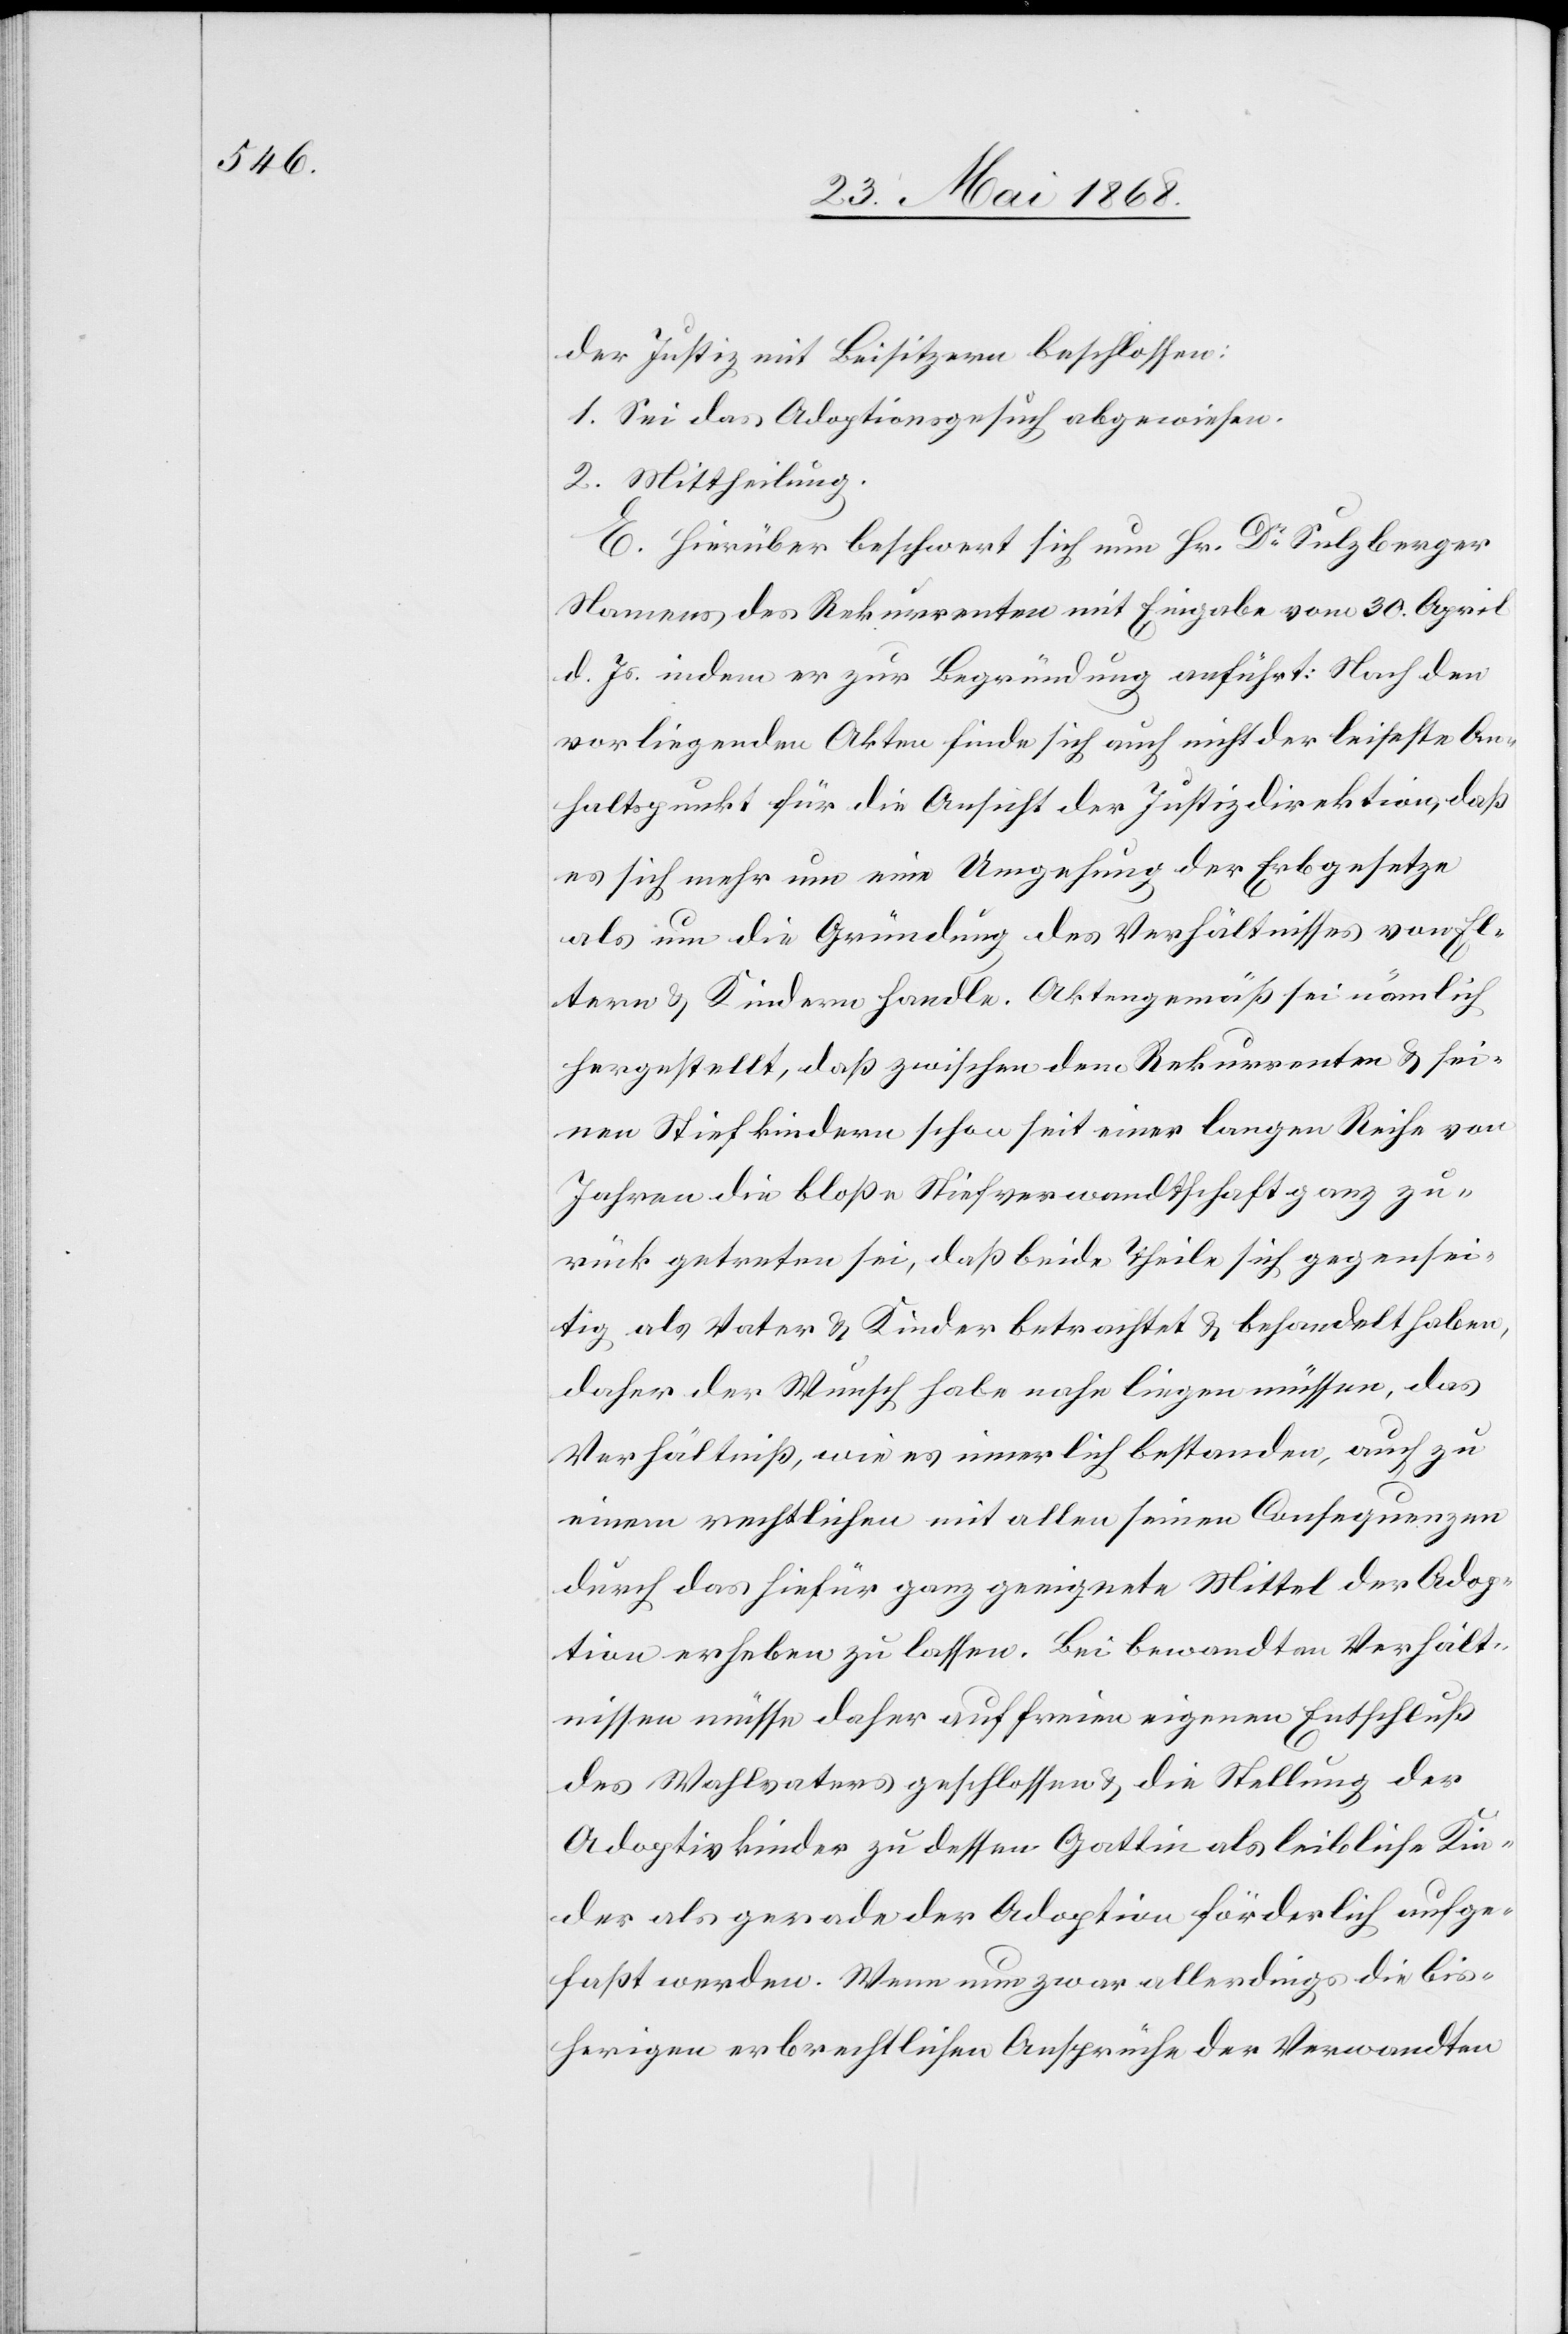
der Justiz mit Beisitzern beschlossen:
1. Sei das Adoptionsgesuch abgewiesen.
2. Mittheilung.
E. Hierüber beschwert sich nun Hr. Dr. Sulzberger
Namens des Rekurrenten mit Eingabe vom 30. April
d. Js. indem er zur Begründung anführt: Nach den
vorliegenden Akten finde sich auch nicht der leiseste An¬
haltspunkt für die Ansicht der Justizdirektion, daß
es sich mehr um eine Umgehung der Erbgesetze
als um die Gründung des Verhältnisses von El¬
tern & Kindern handle. Aktengemäß sei nämlich
hergestellt, daß zwischen dem Rekurrenten & sei¬
nen Stiefkindern schon seit einer langen Reihe von
Jahren die bloße Stiefverwandtschaft ganz zu¬
rück getreten sei, daß beide Theile sich gegensei¬
tig als Vater & Kinder betrachtet & behandelt haben,
daher der Wunsch habe nahe liegen müssen, das
Verhältniß, wie es innerlich bestanden, auch zu
einem rechtlichen mit allen seinen Consequenzen
durch das hiefür ganz geeignete Mittel der Adop¬
tion erheben zu lassen. Bei bewandten Verhält¬
nissen müsse daher auf freien eigenen Entschluß
des Wahlvaters geschlossen & die Stellung der
Adoptivkinder zu dessen Gattin als leibliche Kin¬
der als gerade der Adoption förderlich aufge¬
faßt werden. Wenn nun zwar allerdings die bis¬
herigen erbrechtlichen Ansprüche der Verwandten